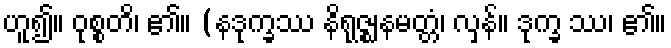
ဟူ၍။ ဝုစ္စတိ၊ ၏။ (နဒုက္ခဿ နိရုဇ္ဈနမတ္တံ၊ လှန်။ ဒုက္ခ ဿ၊ ၏။